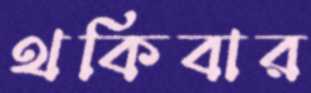
থকিবার